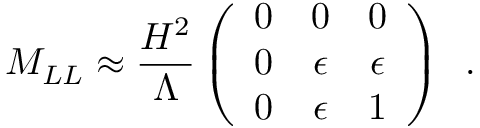
M _ { L L } \approx \frac { H ^ { 2 } } { \Lambda } \left( \begin{array} { c c c } { { 0 } } & { { 0 } } & { { 0 } } \\ { { 0 } } & { { \epsilon } } & { { \epsilon } } \\ { { 0 } } & { { \epsilon } } & { { 1 } } \end{array} \right) \, \, \, .